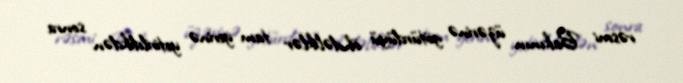
rəsmi Bakının üzərinə götürdüyü öhdəliklər tam yerinə yetirildikdən sonra